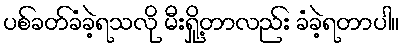
ပစ်ခတ်ခံခဲ့ရသလို မီးရှို့တာလည်း ခံခဲ့ရတာပါ။